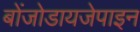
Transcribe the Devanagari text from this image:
बोंजोडायजेपाइन